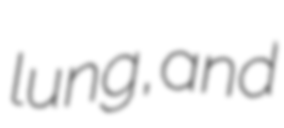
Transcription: lung, and